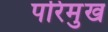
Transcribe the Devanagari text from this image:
परिमुख